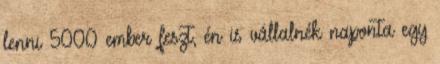
lenni 5000 ember feszt, én is vállalnék naponta egy